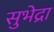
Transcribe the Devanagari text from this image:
सुभेद्रा